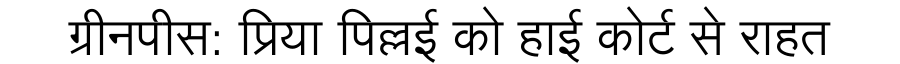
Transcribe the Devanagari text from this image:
ग्रीनपीस: प्रिया पिल्लई को हाई कोर्ट से राहत